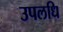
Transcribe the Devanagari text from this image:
उपलधि